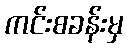
ကင်းစခန်းမှ